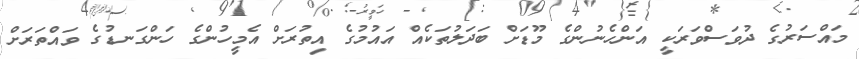
މައްސަރުގެ ދުވަސްވަރަކީ އަންހެނުންގެ މޫޑަށް ބަދަލުތަކެއް އައުމުގެ އިތުރަށް އެމީހުންގެ ހަންގަނޑުގެ ވައްތަރަށް